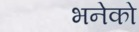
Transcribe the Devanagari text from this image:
भनेको